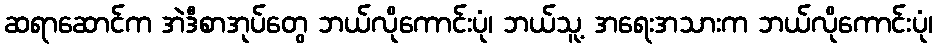
ဆရာဆောင်က အဲဒီစာအုပ်တွေ ဘယ်လိုကောင်းပုံ၊ ဘယ်သူ့ အရေးအသားက ဘယ်လိုကောင်းပုံ၊